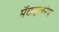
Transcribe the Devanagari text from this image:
मॅकइलरेथ